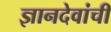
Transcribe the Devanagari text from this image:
ज्ञानदेवांची